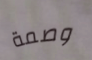
وصمة